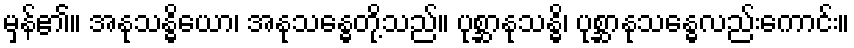
မှန်၏။ အနုသန္ဓိယော၊ အနုသန္ဓေတို့သည်။ ပုစ္ဆာနုသန္ဓိ၊ ပုစ္ဆာနုသန္ဓေလည်းကောင်း။